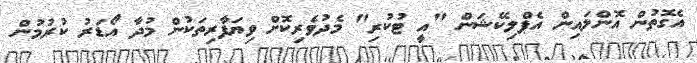
އެގޮތުން އޮންލައިން އެޕްލިކޭޝަން "އީ ޓުކުރި" މެދުވެރިކޮށް ވިޔަފާރިތަކުން މުދާ އޯޑަރު ކުރުމުން